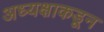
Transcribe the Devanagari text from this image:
अध्यक्षाकडून